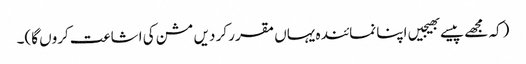
(کہ مجھے پیسے بھیجیں اپنا نمائندہ یہاں مقرر کر دیں مشن کی اشاعت کروں گا)۔